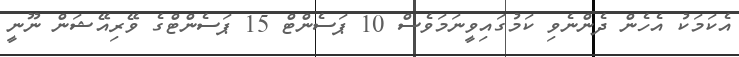
އެކަމަކު އެހެން ދެންނެވި ކަމުގައިވީނަމަވެސް 10 ޕަސެންޓް 15 ޕަސެންޓްގެ ވޭރިއޭޝަން ނޫނީ